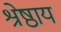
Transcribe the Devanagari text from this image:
श्रेष्ठाय